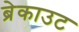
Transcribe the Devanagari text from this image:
ब्रेकाउट